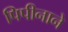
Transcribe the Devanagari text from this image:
पिपीनाने